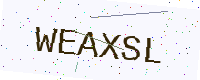
Text: WEAXSL